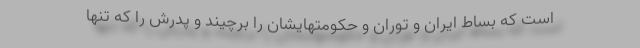
است که بساط ایران و توران و حکومتهایشان را برچیند و پدرش را که تنها